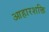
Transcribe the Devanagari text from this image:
आहारशक्ति